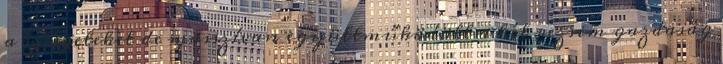
a szovjeteket de masszívan együttműködött a két rezsim gazdaság